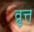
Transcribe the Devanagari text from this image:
व्रुत्त